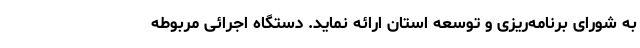
به شورای برنامه‌ریزی و توسعه استان ارائه نماید. دستگاه اجرائی مربوطه